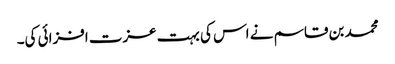
محمد بن قاسم نے اس کی بہت عزت افزائی کی۔